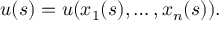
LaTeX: u ( s ) = u ( x _ { 1 } ( s ) , \dots , x _ { n } ( s ) ) .